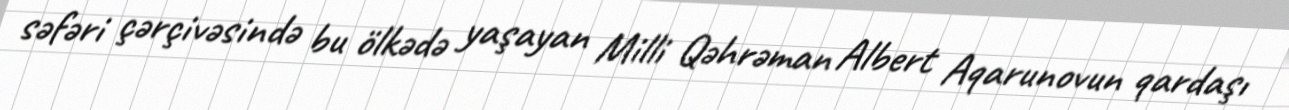
səfəri çərçivəsində bu ölkədə yaşayan Milli Qəhrəman Albert Aqarunovun qardaşı